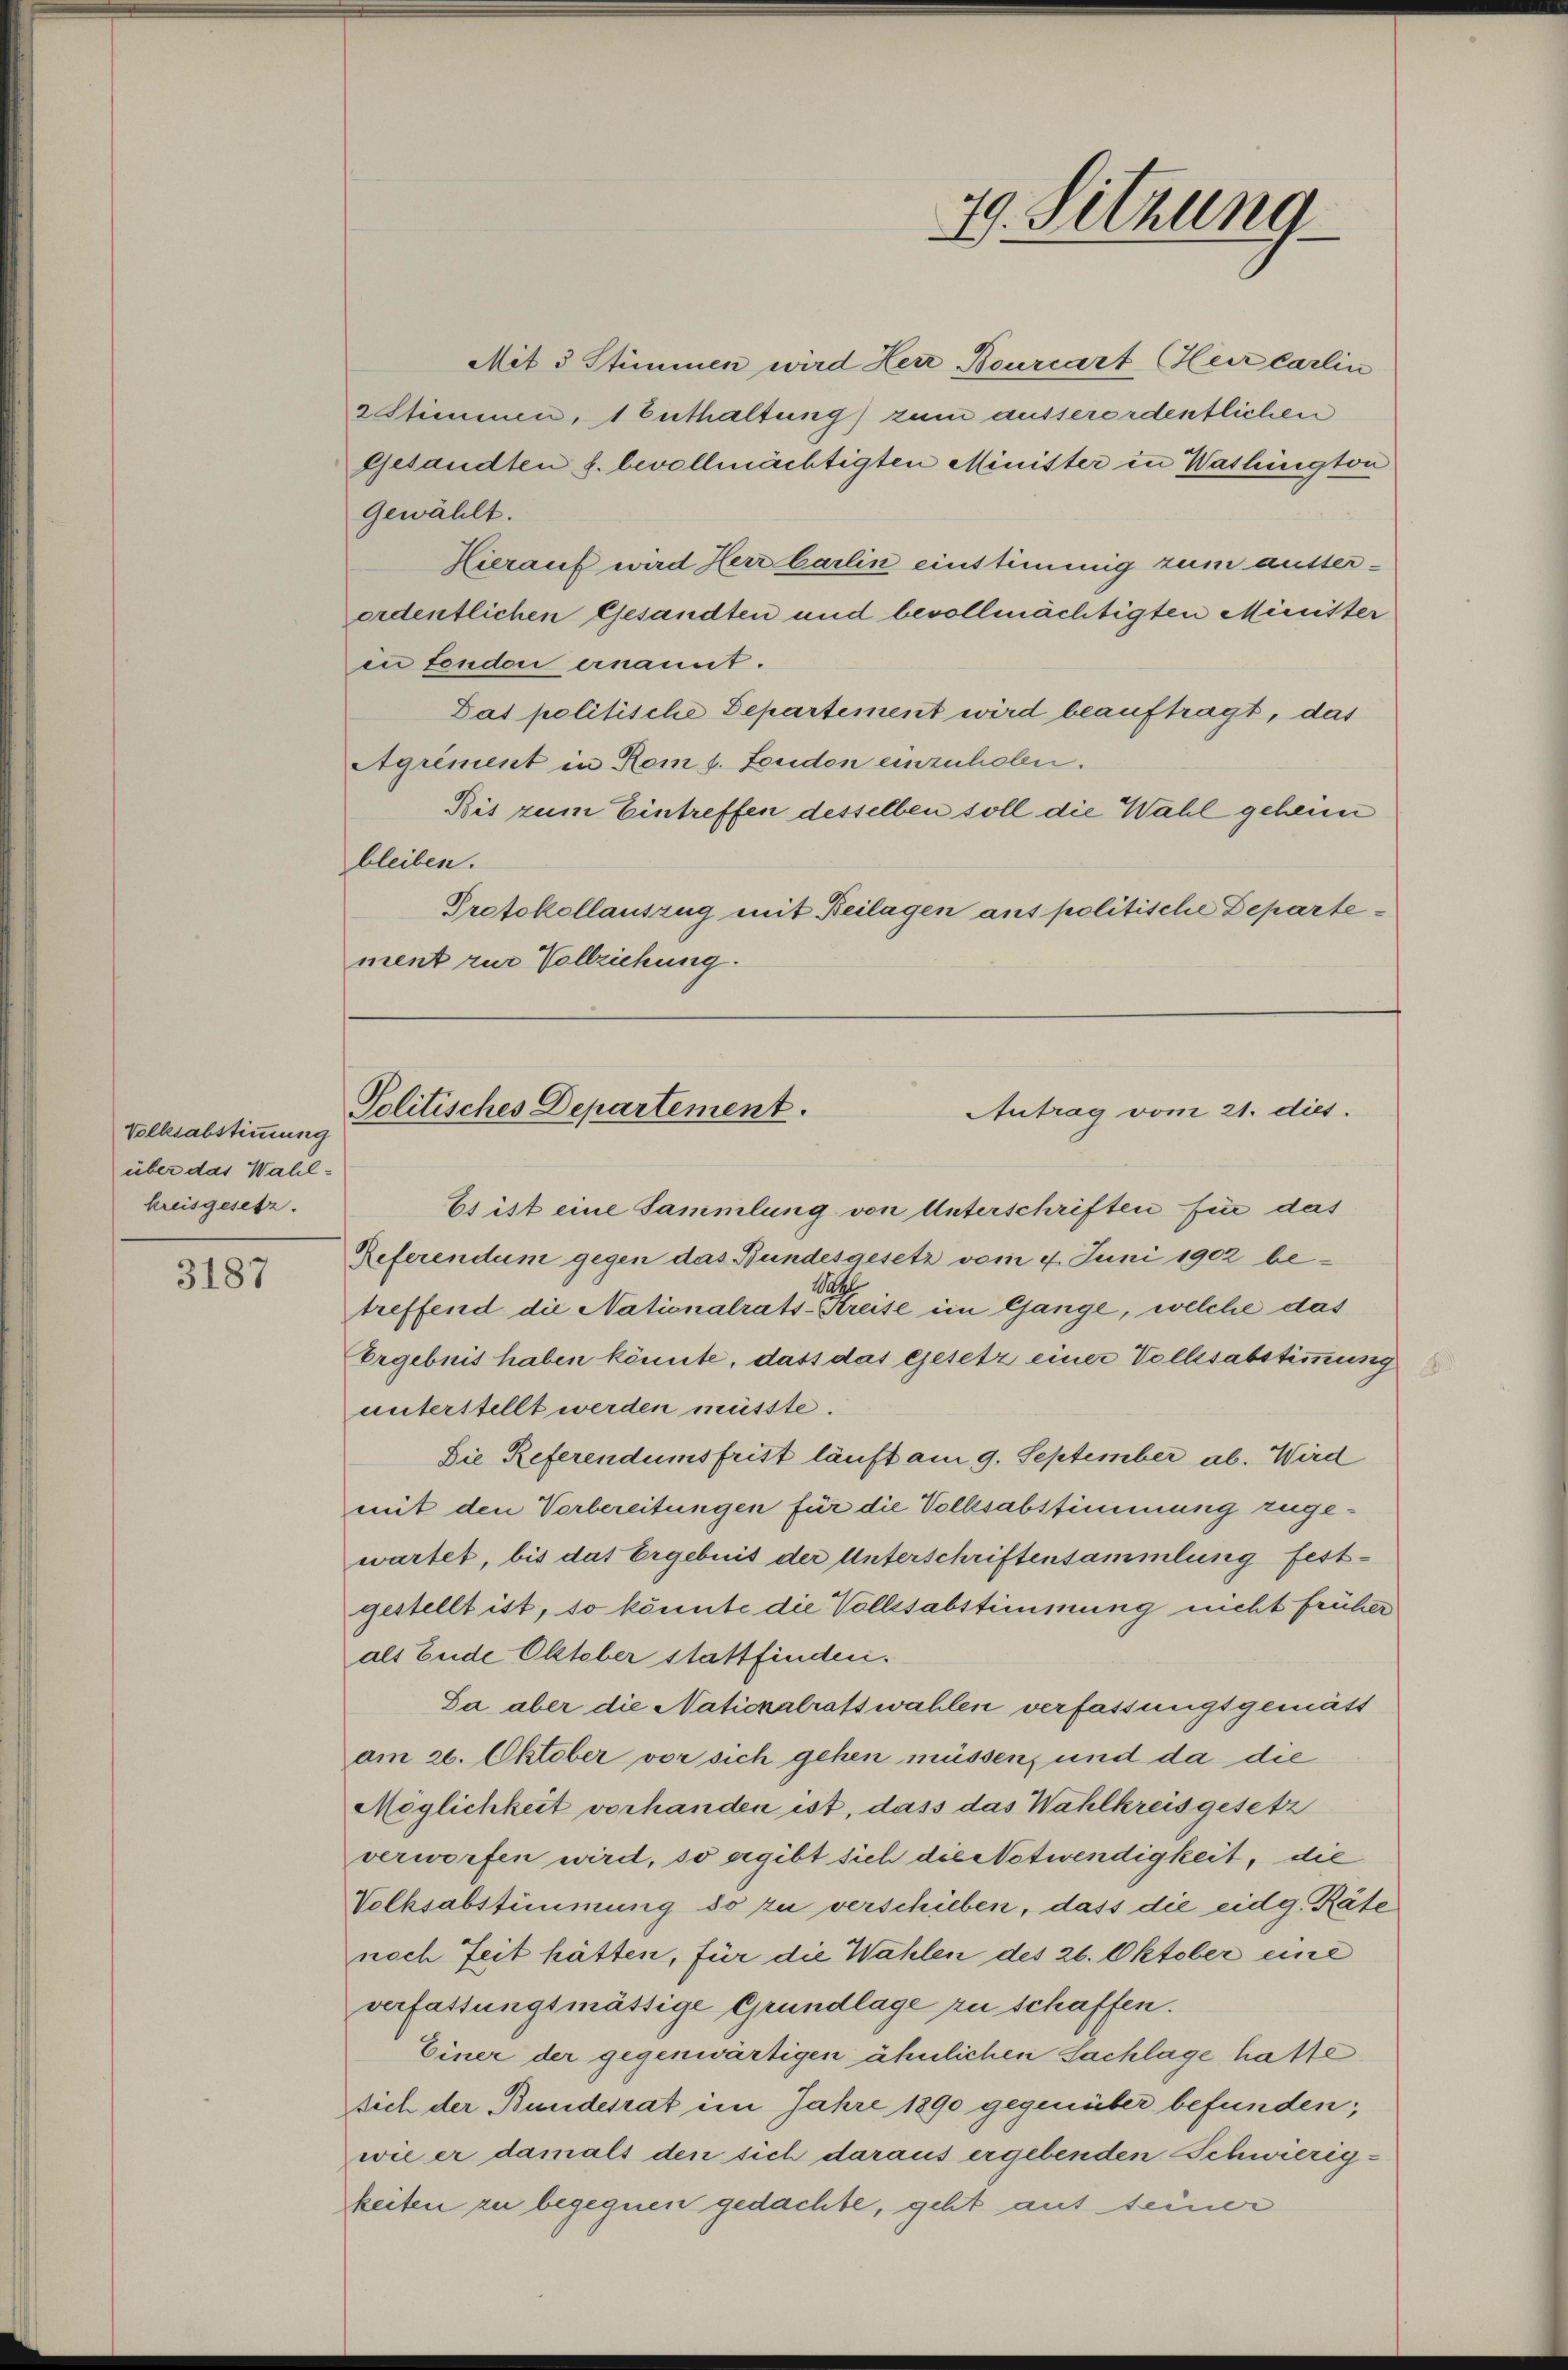
Volksabstimmung
über das Wahlkreisgesetz.

3187

Mit 3 Stimmen wird Herr Bourcart (Herr Carlin
2 Stimmen, 1 Enthaltung) zum ausserordentlichen
gesandten s. bevollmächtigten Minister in Washington
Gewählt.
Hierauf wird Herr Carlin einstimmig zum ausser-
ordentlichen Gesandten und bevollmächtigten Minister
in fondon ernannt.
Das politische Departement wird beauftragt, das
Agrément in Rom s. London einzuholen.
Bis zum Eintreffen desselben soll die Wahl geheim
bleiben.
Protokollauszug mit Beilagen aus politische Departement zur Vollziehung.

29. Sitzung

Politisches Departement.
Antrag vom 21. dies

Es ist eine Sammlung von Unterschriften für das
Referendum gegen das Bundesgesetz vom 4. Juni 1902 be¬
Bag
treffend die Nationalrats-Kreise im Gange, welche das
Ergebnis haben könnte, dass das Gesetz einer Vollsabstimmung
unterstellt werden müsste.
Die Referendumsfrist läuft am 9. September ab. Wird
mit den Vorbereitungen für die Volksabstimmung zugewartet, bis das Ergebnis der Unterschriftensammlung festgestellt ist, so könnte die Vollsabstimmung nicht früher
als Ende Oktober stattfinden.
Da aber die Natickalratswahlen verfassungsgemäss
am 26. Oktober vor sich gehen müssen, und da die
Möglichkeit vorhanden ist, dass das Wahlkreis gesetz
verworfen wird, so ergibt sich die Notwendigkeit, die
Volksabstimmung do zu verschieben, dass die eidg. Räte
noch Zeit hätten, für die Wahlen des 26. Oktober eine
verfassungsmässige Grundlage zu schaffen.
Einer der gegenwärtigen ähnlichen Sachlage hatte
sich der Bundesrat im Jahre 1890 gegenüber befunden;
wie er damals den sich daraus ergebenden Schwierig-
keiten zu begegnen gedachte, geht auf seiner